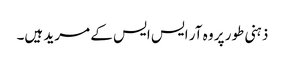
ذہنی طور پر وہ آر ایس ایس کے مرید ہیں۔